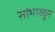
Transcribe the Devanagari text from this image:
सांभाळुन